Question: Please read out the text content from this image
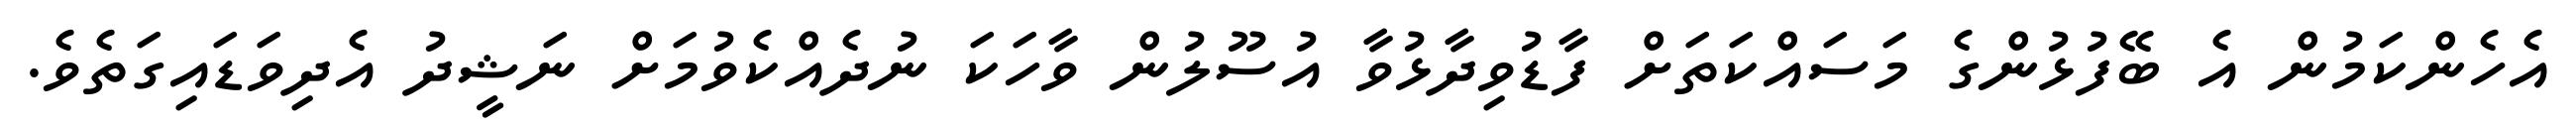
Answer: އެހެންކަމުން އެ ބޭފުޅުންގެ މަސައްކަތަށް ފާޑުވިދާޅުވާ އުސޫލުން ވާހަކަ ނުދެއްކެވުމަށް ނަޝީދު އެދިވަޑައިގަތެވެ.